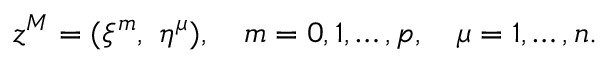
z ^ { M } = ( \xi ^ { m } , ~ \eta ^ { \mu } ) , \quad m = 0 , 1 , \dots , p , \quad \mu = 1 , \dots , n .